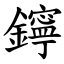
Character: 鑏